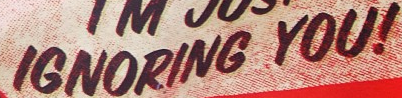
IGNORING YOU!